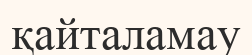
қайталамау